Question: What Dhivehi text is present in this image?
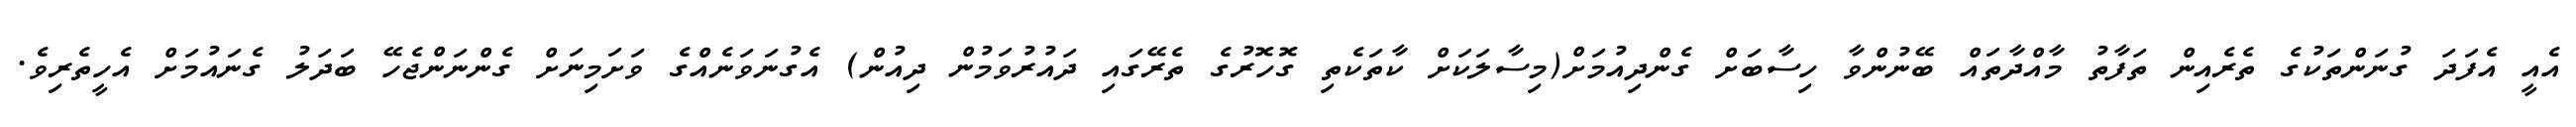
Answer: އެއީ އެފަދަ ގުނަންތަކުގެ ތެރެއިން ތަފާތު މާއްދާތައް ބޭނުންވާ ހިސާބަށް ގެންދިއުމަށް(މިސާލަކަށް ކާތަކެތި ގޮހޮރުގެ ތެރޭގައި ދައުރުވަމުން ދިއުން) އެގުނަވަނެއްގެ ވަށަމިނަށް ގެންނަންޖެހޭ ބަދަލު ގެނައުމަށް އެހީތެރިވެ.